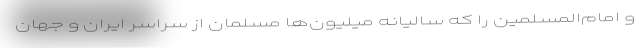
و امام‌المسلمین را که سالیانه میلیون‌ها ‌مسلمان از سراسر ایران و جهان